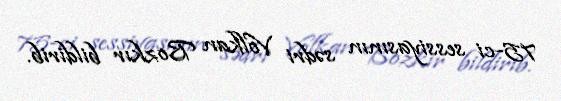
75-ci sessiyasının sədri Volkan Bozkır bildirib.